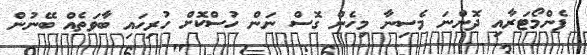
ފެންމޯޓަރާއި ދޮންނަ މެސިނާ މިހެން ގޮސް ނަން ހުސްކޮށް ހުރިހައި ބާވަތެއް ބޭނުން